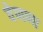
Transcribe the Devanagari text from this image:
वेणणा